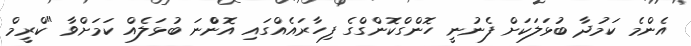
އެންމެ ކަމުދާ ބުޅަލަކަށް ފެނުނީ ހޮންގްކޮންގްގެ ފިހާރައެއްގައި އޮންްނަ ބުޅަލެއް ކަމަށްވާ "ކްރީމް